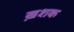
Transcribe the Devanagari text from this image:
ख़शक